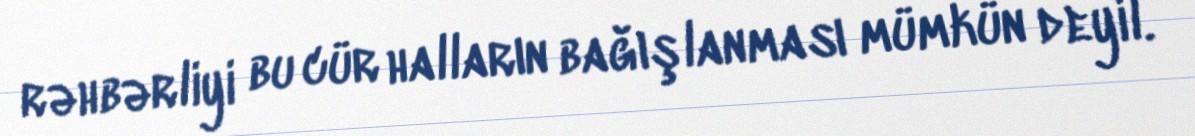
rəhbərliyi bu cür halların bağışlanması mümkün deyil.